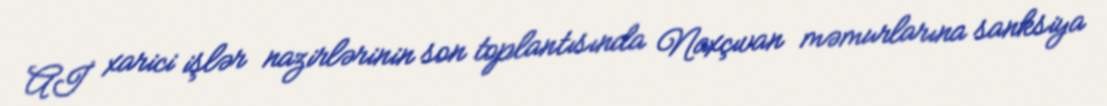
Aİ xarici işlər nazirlərinin son toplantısında Naxçıvan məmurlarına sanksiya